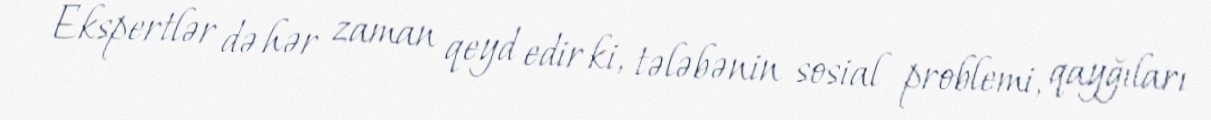
Ekspertlər də hər zaman qeyd edir ki, tələbənin sosial problemi, qayğıları